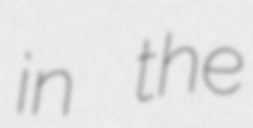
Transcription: in the